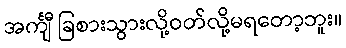
အင်္ကျီ ခြစားသွားလို့ဝတ်လို့မရတော့ဘူး။